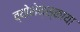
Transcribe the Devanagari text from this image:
व्योशेन्स्काया